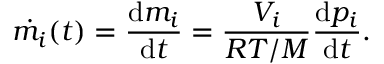
\dot { m _ { i } } ( t ) = \frac { \mathrm { d } m _ { i } } { \mathrm { d } t } = \frac { V _ { i } } { R T / M } \frac { \mathrm { d } p _ { i } } { \mathrm { d } t } .